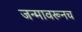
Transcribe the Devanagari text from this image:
जन्मावरूनच